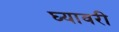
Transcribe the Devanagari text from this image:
घ्यावरी